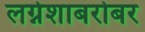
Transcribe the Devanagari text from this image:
लग्नेशाबरोबर